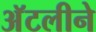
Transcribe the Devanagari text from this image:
अॅटलीने